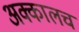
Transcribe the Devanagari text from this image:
अक्कालच